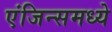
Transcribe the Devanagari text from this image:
एंजिन्समध्ये